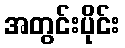
အတွင်းပိုင်း